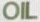
OIL